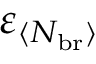
\varepsilon _ { \langle N _ { \mathrm { b r } } \rangle }